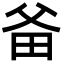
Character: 𤱇